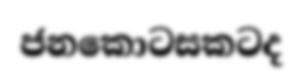
ජනකොටසකටද